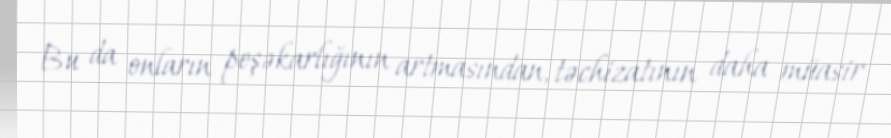
Bu da onların peşəkarlığının artmasından, təchizatının daha müasir